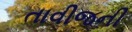
તાવીજની